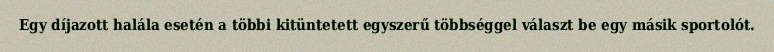
Egy díjazott halála esetén a többi kitüntetett egyszerű többséggel választ be egy másik sportolót.